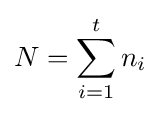
N=\sum _{i=1}^{t}n_{i}